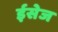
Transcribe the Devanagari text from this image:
ईसेज